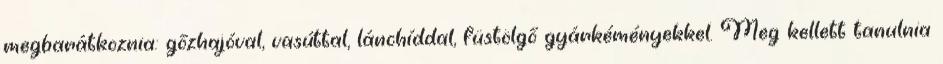
megbarátkoznia: gőzhajóval, vasúttal, lánchíddal, füstölgő gyárkéményekkel. Meg kellett tanulnia